65_HS1-834228961_62-HQ-83894_Section_5
Agency: FBI
Page 137
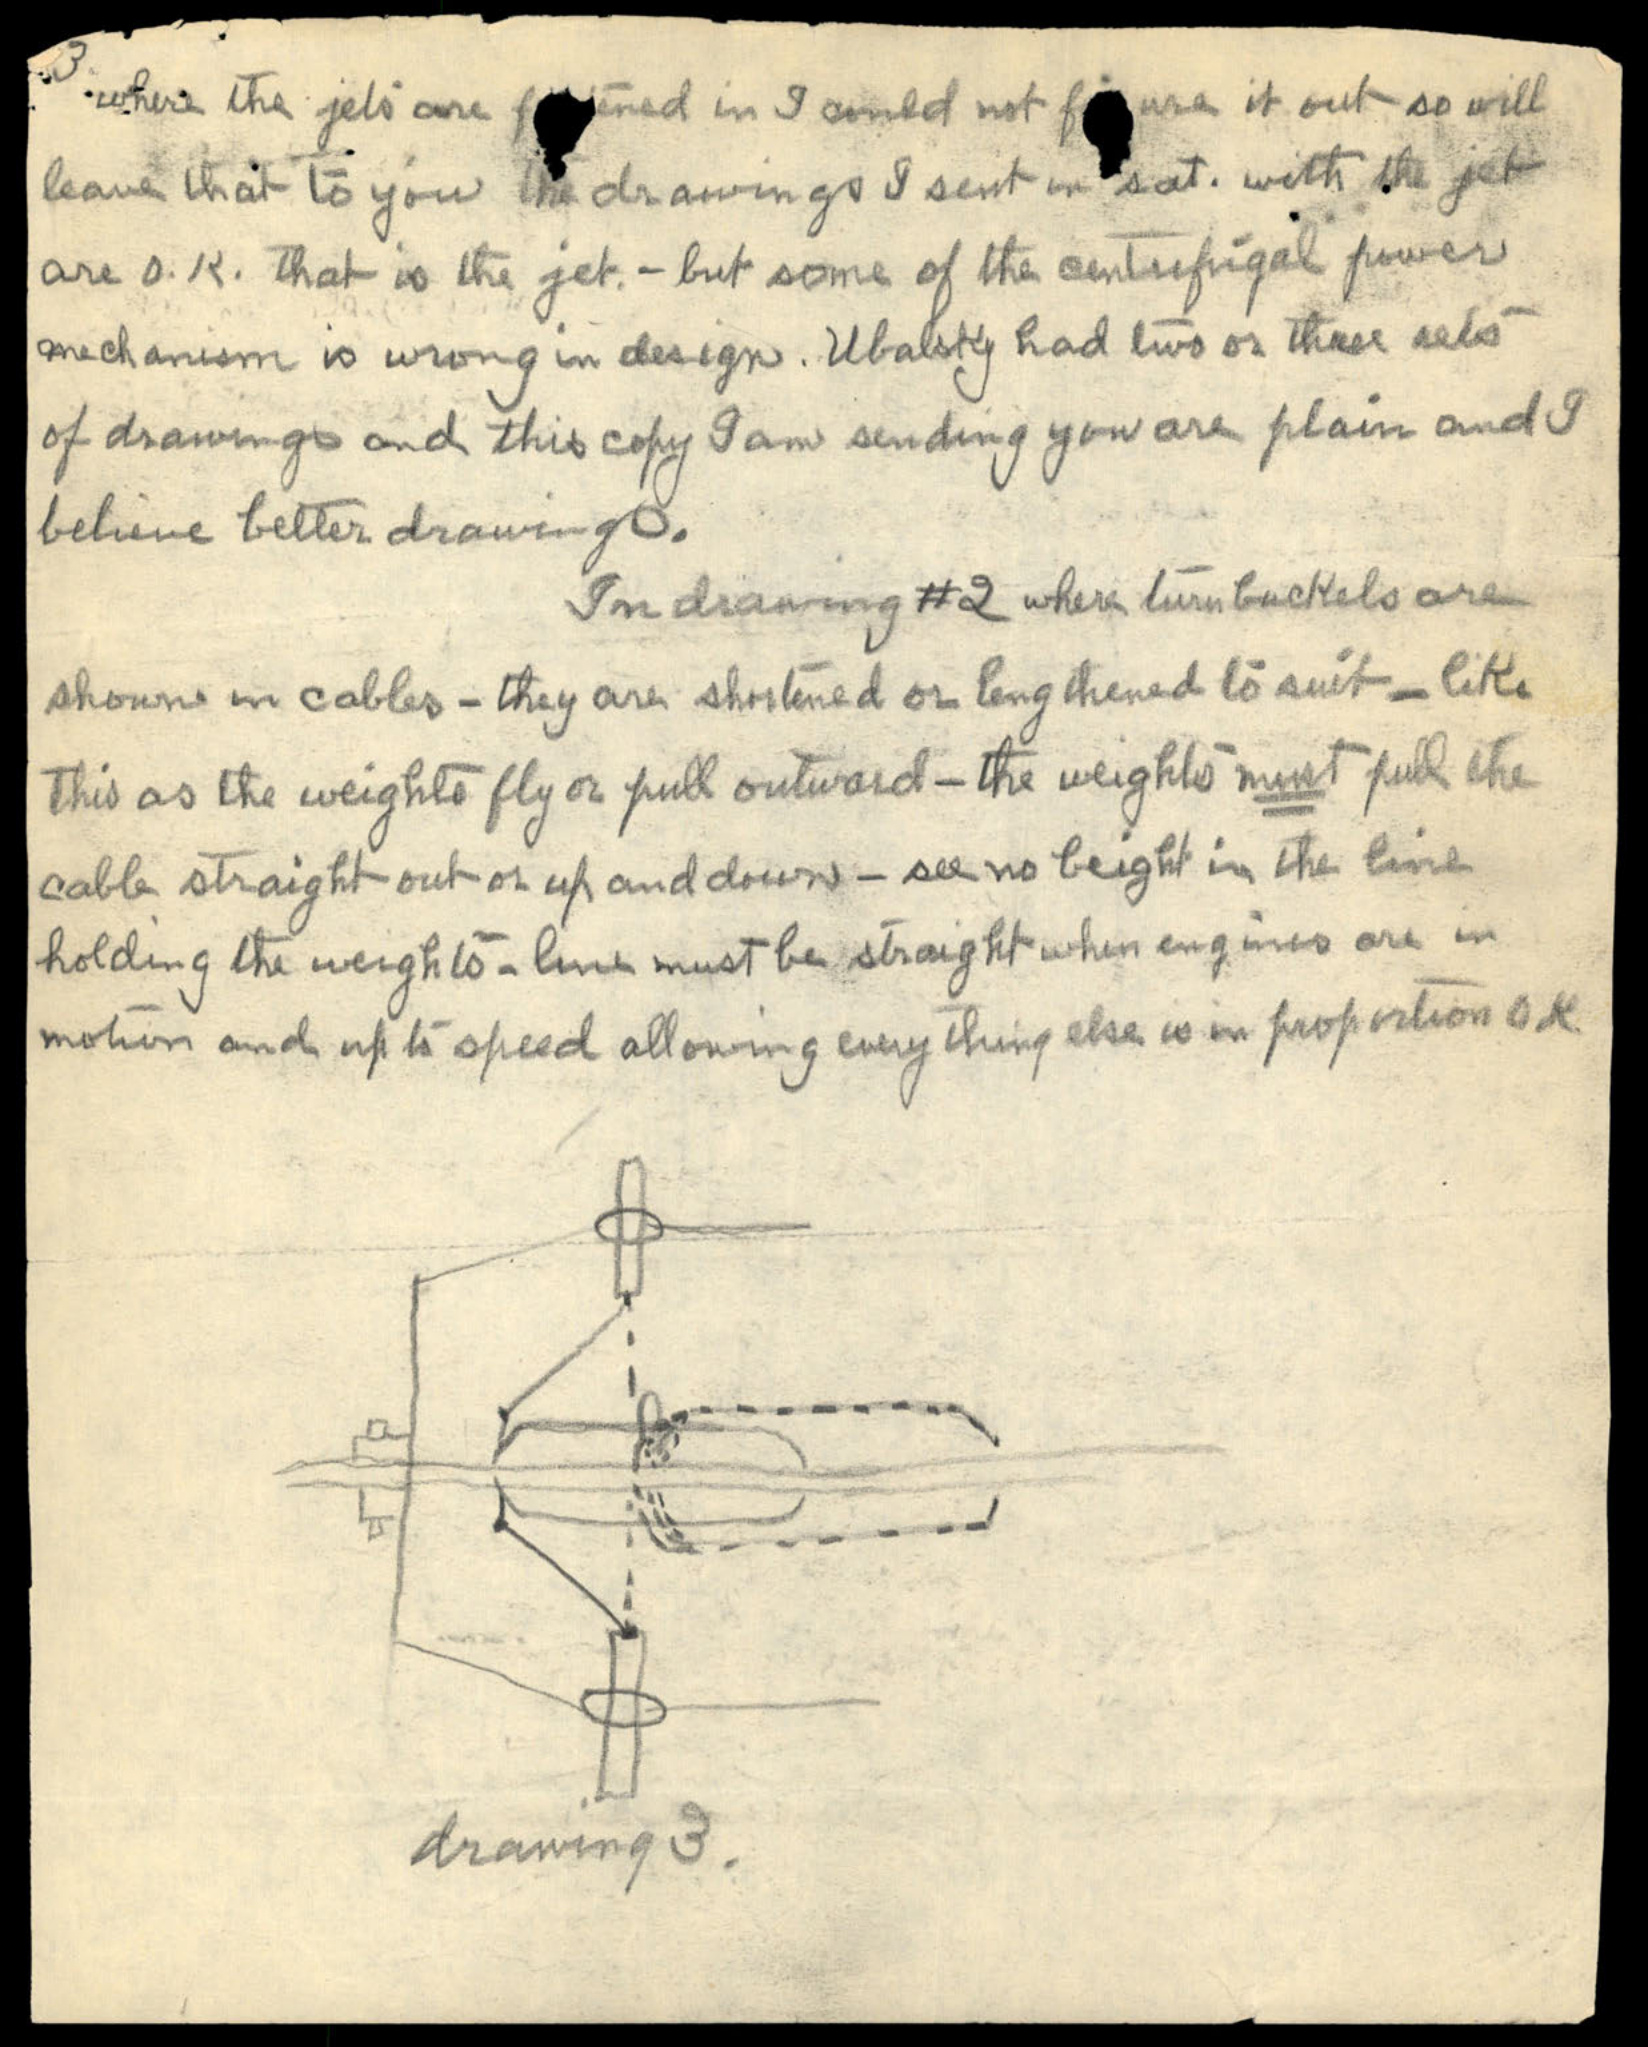